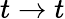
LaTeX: t\rightarrow t